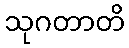
သုဂတာတိ